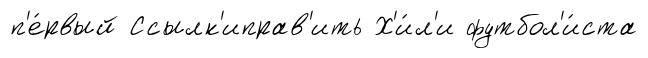
п'е́рвый Ссылк'иправ'ить Х'и́л'и футбол'и́ста